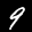
Label: 9